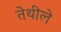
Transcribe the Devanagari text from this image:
तेथीले